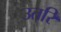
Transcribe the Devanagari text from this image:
उतरि